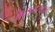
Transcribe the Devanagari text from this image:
सत्याचरणद्वारा